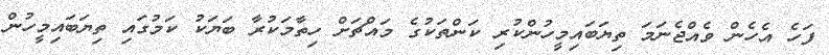
ފަހެ އެހެން ވެއްޖެނަމަ ތިޔަބައިމީހުންކުރި ކަންތަކުގެ މައްޗަށް ހިތާމަކުރާ ބަޔަކު ކަމުގައި ތިޔަބައިމީހުން